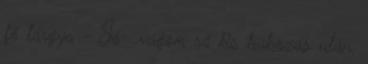
fő tárgya - Jó- vágom rá kis habozás után,